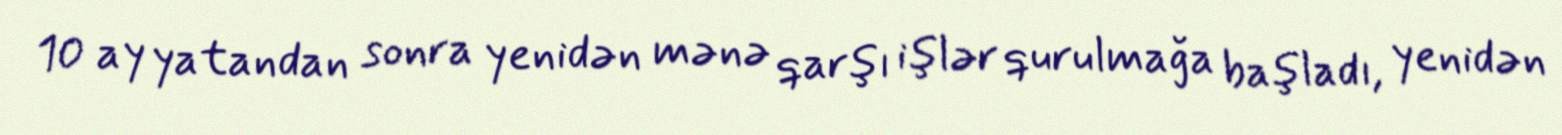
10 ay yatandan sonra yenidən mənə qarşı işlər qurulmağa başladı, yenidən